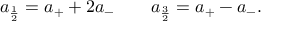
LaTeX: a _ { \frac { 1 } { 2 } } = a _ { + } + 2 a _ { - } \qquad a _ { \frac { 3 } { 2 } } = a _ { + } - a _ { - } .